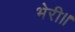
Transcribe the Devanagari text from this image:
भेरी॥